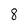
Character: 8